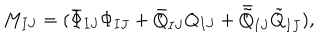
M _ { I J } = ( \bar { \Phi } _ { I J } \Phi _ { I J } + \bar { Q } _ { I J } Q _ { I J } + \bar { \tilde { Q } } _ { I J } \tilde { Q } _ { I J } ) ,